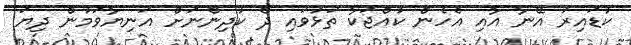
ކުޑައިރު އޭނާ އާއި އެހެން ކުއްޖަކާ ތަޅުވައި ދެ ކުދިންނަށް އަނިޔާވަމުން ދިޔަ